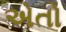
એતો